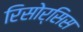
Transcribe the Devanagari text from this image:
रिसोर्सिस